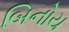
બિનોય